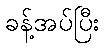
ခန့်အပ်ပြီး